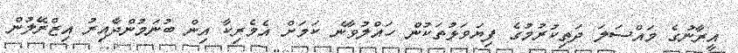
އީރާނުގެ މައްސަލަ ދަތިކުރުމުގެ ފިޔަވަޅުތަކުން ހައްލުވާނެ ކަމަށް އެމެރިކާ އިން ބުނަމުންދާއިރު އިޒްރޭލުން